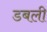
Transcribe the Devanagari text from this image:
डबली